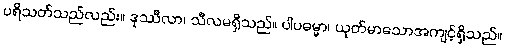
ပရိသတ်သည်လည်း။ ဒုဿီလာ၊ သီလမရှိသည်။ ပါပဓမ္မာ၊ ယုတ်မာသောအကျင့်ရှိသည်။